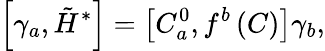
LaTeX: \left[\gamma_{a},\tilde{H}^{*}\right]=\left[C_{a}^{0},f^{b}\left(C\right)\right]\gamma_{b},